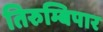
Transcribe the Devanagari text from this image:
तिरुम्बिपार